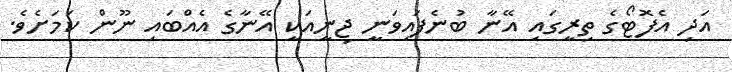
އަދި އެފޮޓޯގެ ތިރީގައި އޭނާ ބުނެފައިވަނީ ޖިނީއަކީ އޭނާގެ އެއްބައި ނޫން ކަމަށެވެ.